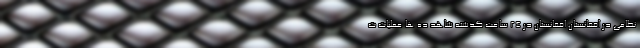
نظامی در افغانستان افغانستان در ۲۴ ساعت گذشته شاهد ده ها عملیات ت